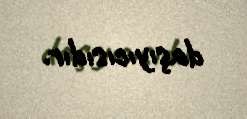
daşıyıcısıdır.